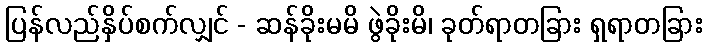
ပြန်လည်နှိပ်စက်လျှင် - ဆန်ခိုးမမိ ဖွဲခိုးမိ၊ ခုတ်ရာတခြား ရှရာတခြား